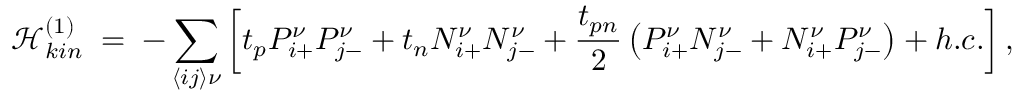
\mathcal { H } _ { k i n } ^ { ( 1 ) } \; = \; - \sum _ { \left\langle i j \right\rangle \nu } \left[ t _ { p } P _ { i { + } } ^ { \nu } P _ { j { - } } ^ { \nu } + t _ { n } N _ { i { + } } ^ { \nu } N _ { j { - } } ^ { \nu } + \frac { t _ { p n } } { 2 } \left( P _ { i { + } } ^ { \nu } N _ { j { - } } ^ { \nu } + N _ { i { + } } ^ { \nu } P _ { j { - } } ^ { \nu } \right) + h . c . \right] ,